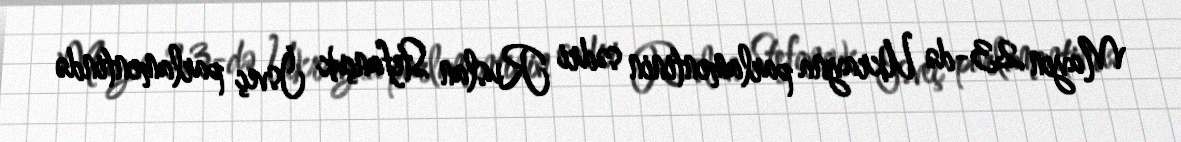
Mayın 23-də Ukrayna parlamentinin sədri Ruslan Stefançuk İsveç parlamentində